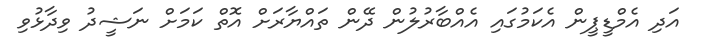
އަދި އެމްޑީޕީން އެކަމުގައި އެއްބާރުލުން ދޭން ތައްޔާރަށް އޮތް ކަމަށް ނަޝީދު ވިދާޅުވި